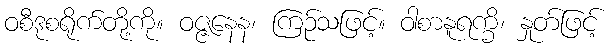
ဝစီဒုစရိုက်တို့ကို။ ဝဇ္ဇနေန၊ ကြဉ်သဖြင့်။ ဝါစာနူရက္ခိ၊ နှုတ်ဖြင့်